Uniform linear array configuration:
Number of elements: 4
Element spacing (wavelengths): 0.5
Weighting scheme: exponential
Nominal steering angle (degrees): -30
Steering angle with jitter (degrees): -29.105
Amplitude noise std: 0.05
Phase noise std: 0.05

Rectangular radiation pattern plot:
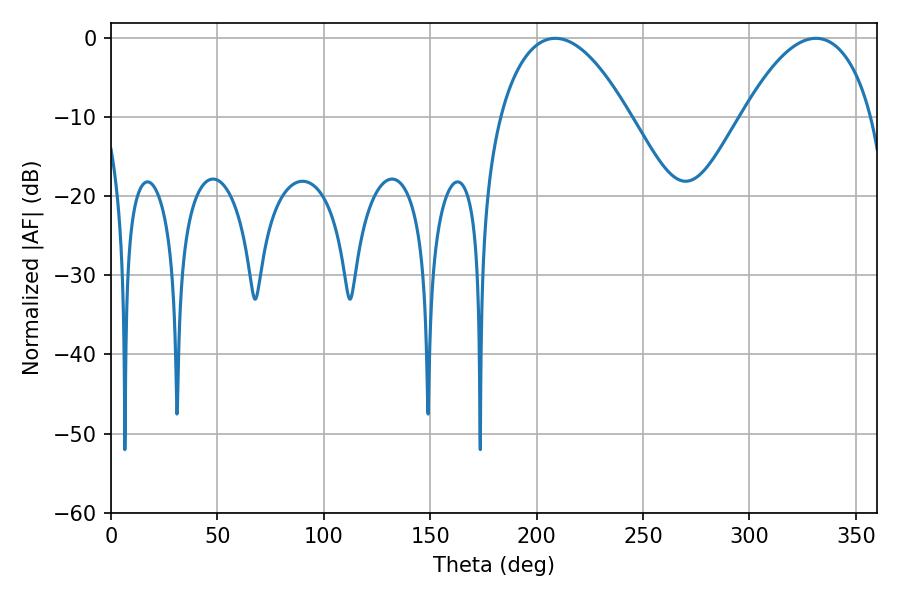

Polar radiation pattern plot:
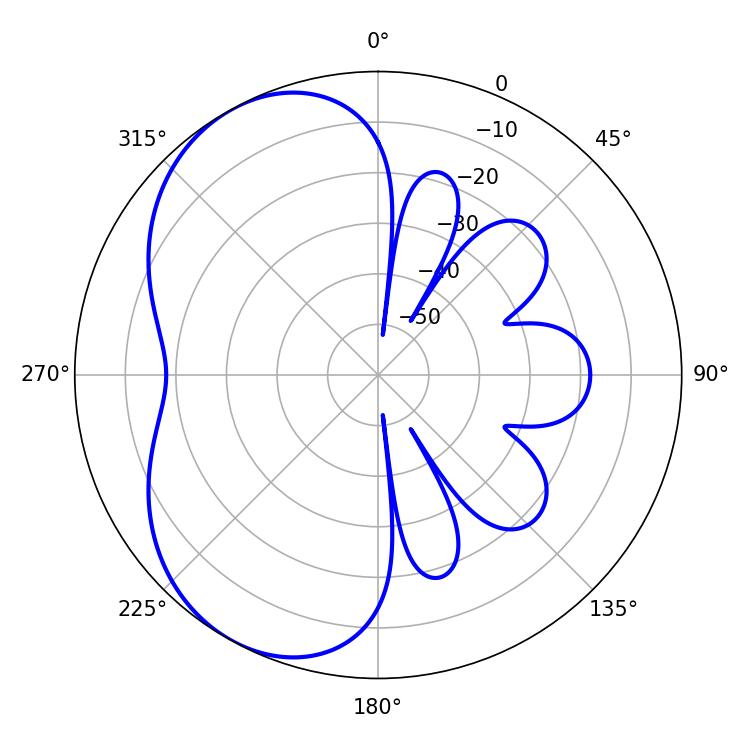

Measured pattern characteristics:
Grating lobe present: FALSE
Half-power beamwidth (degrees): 33.84
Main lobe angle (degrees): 208.8